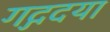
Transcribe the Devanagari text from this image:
गद्गदया